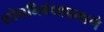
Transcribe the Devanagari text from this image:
शोधनिबंधाप्रमाणे